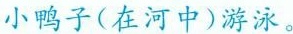
小鸭子(在河中)游泳。